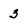
Character: 3